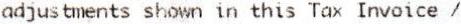
ADJUSTMENTS SHOWN IN THIS TAX INVOICE /